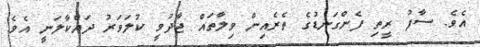
އެވެ. ސާފު ރީތި ފެންގަނޑުގެ ތެރެއިން ވިލާތައް ޖާދުވީ ކުލަވަރު ދައްކާލަނީ އެވެ.